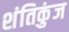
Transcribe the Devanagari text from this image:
शंतिकुंज